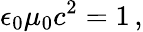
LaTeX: \epsilon_{0}\mu_{0}c^{2}=1\, ,